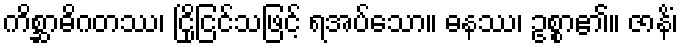
ကိစ္ဆာဓိဂတဿ၊ ငြိုငြင်သဖြင့် ရအပ်သော။ ဓနဿ၊ ဥစ္စာ၏။ ဇာနိံ၊